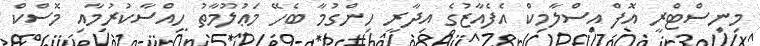
މިނިސްޓްރީ އޮފް އިސްލާމިކް އެފެއާޒުގެ އިދާރީ ހިންގުމާ ބެހޭ މަޢުލޫމާތު ހިއްސާކުރުމާއި މޮސްކް